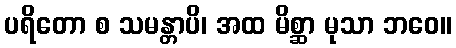
ပရိတော စ သမန္တာပိ၊ အထ မိစ္ဆာ မုသာ ဘဝေ။